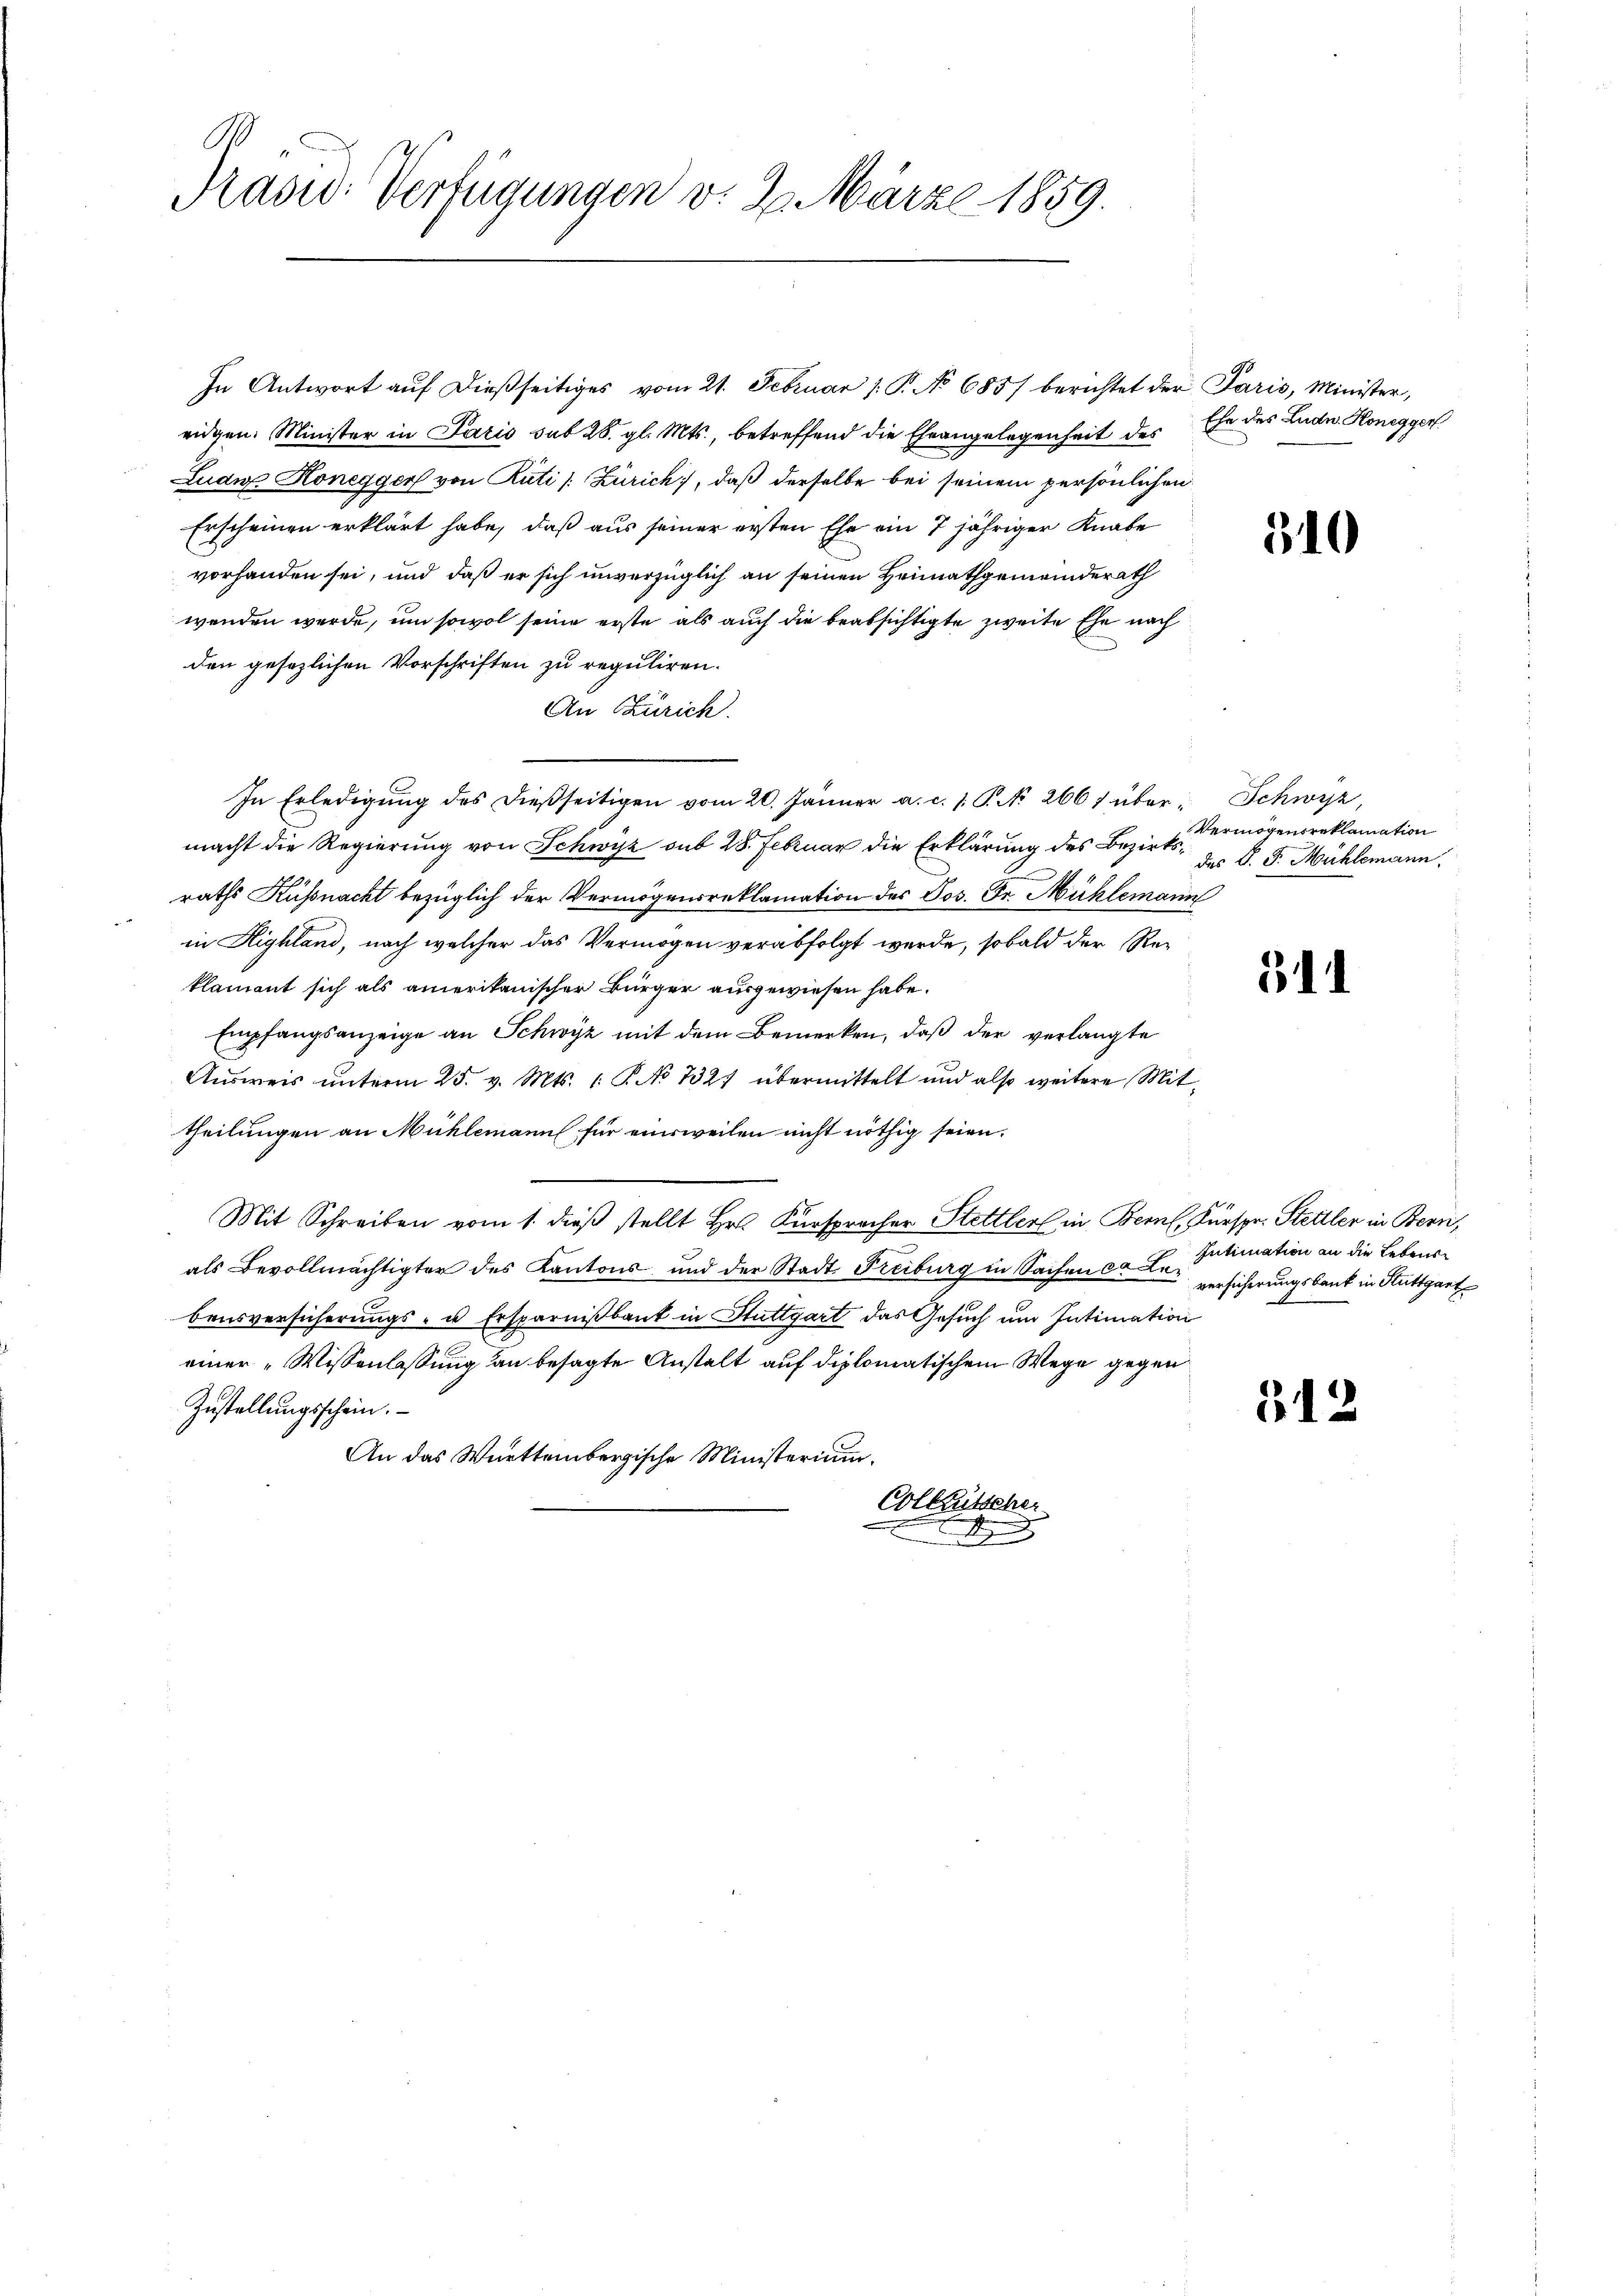
Prasid: Verfügungen v. 2. März 1859.

In Antwort auf dießseitiges vom 21. Februar 1. P. No 685/ berichtet der Paris, Minister,
eidgen. Minister in Paris sub 28. gl. Mts., betreffend die Eheangelegenheit des
Lude. Honeggen von Rüti /: Zürich, daß derselbe bei seinem persönlichen
Erscheinen erklärt habe, daß aus seiner ersten Ehe ein 7 jähriger Knabe
vorhanden sei, und daß er sich unverzüglich an seinen Heimathgemeinderath
wenden werde, um sowol seine erste als auch die beabsichtigte zweite Ehe nach
den gesezlichen Vorschriften zu reguliren.
An Zürich.
In Erledigŭng des dießseitigen vom 20. Jänner a. c. 1 P. No 2667 über Schwyz,
macht die Regierung von Schwisz sub 28. Februar die Erklärung des Bezirksraths Küßnacht bezüglich der Vermögensreklamation des Jos. Fr. Mühlemann
in Highland, nach welcher das Vermögen verabfolgt werde, sobald der Reklamant sich als amerikanischer Bürger ausgewiesen habe.
Empfangsanzeige an Schwyz mit dem Bemerken, daß der verlangte
Ausweis unterm 25. v. Mts. 1. P. No 732. übermittelt und also weitere Mittheilungen an Mühlemann für einsweilen nicht nöthig seien.
Mit Schreiben vom 1. dieß stellt Hr. Fürspracher Stettler in Bern, Fürspr. Stettler in Bern,
als Bevollmächtigter des Kantons- und der Stadt Freiburg in Sachen ca Fr. versicherungsbank in Stuttgart
bensversicherungs- u Ersparnißbaut in Stuttgart das Gesuch um Intimation
einer „Wissenlassung an besagte Anstalt auf diplomatischem Wege gegen
Zustellungsschein.
An das Württembergische Ministerium.
Colletscher
t

Ehe des Ludn. Honegger

310

Vermögensreklamation
das P. F. Mühlemann.

511

Intimation an die Lebens¬

512